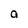
Character: a